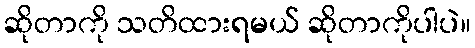
ဆိုတာကို သတိထားရမယ် ဆိုတာကိုပါပဲ။